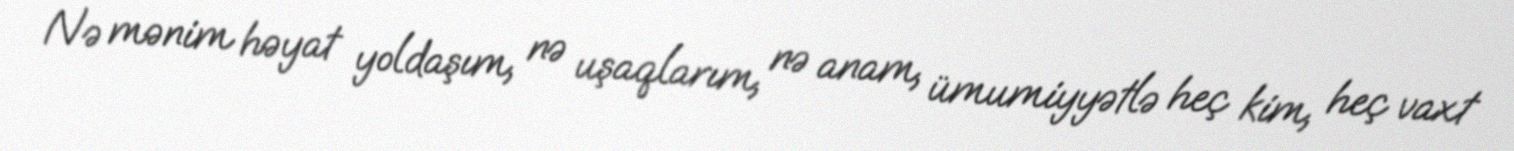
Nə mənim həyat yoldaşım, nə uşaqlarım, nə anam, ümumiyyətlə heç kim, heç vaxt